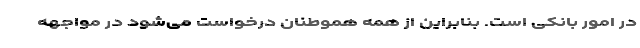
در امور بانکی است. بنابراین از همه هموطنان درخواست ‌می‌شود در مواجهه